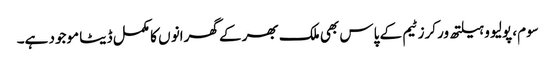
سوم، پولیو و ہیلتھ ورکرز ٹیم کے پاس بھی ملک بھر کے گھرانو ں کا مکمل ڈیٹا موجود ہے۔